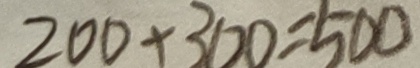
2 0 0 + 3 0 0 = 5 0 0